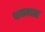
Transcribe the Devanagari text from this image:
शकलात